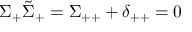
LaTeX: \Sigma _ { + } \tilde { \Sigma } _ { + } = \Sigma _ { + + } + \delta _ { + + } = 0